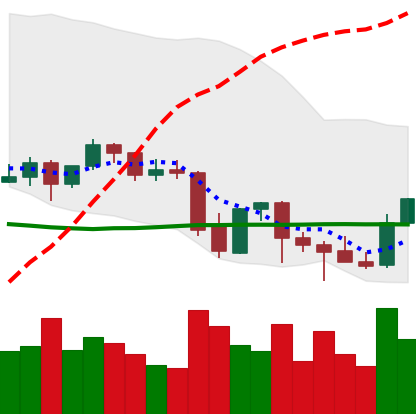
Ticker: BNB-USD
Chart end date: 2021-09-30
Forward return: 14.377%
Label: up_7plus